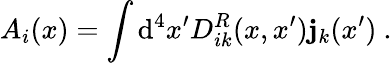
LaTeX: A_{i}(x)=\int\mathrm{d}^{4}x^{\prime}D_{ik}^{R}(x,x^{\prime})\mathbf{j}_{k}(x^{\prime})~.